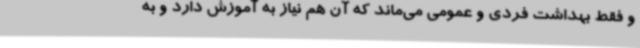
و فقط بهداشت فردی و عمومی می‌ماند که آن هم نیاز به آموزش دارد و به